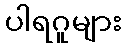
ပါရဂူများ